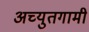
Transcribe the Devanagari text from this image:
अच्युतगामी